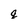
Character: q